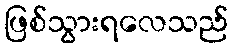
ဖြစ်သွားရလေသည်